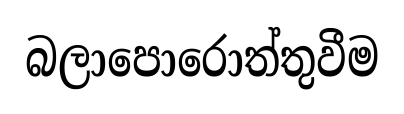
බලාපොරොත්තුවීම